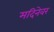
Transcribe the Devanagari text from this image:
मदिनेवर